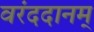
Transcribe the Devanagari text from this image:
वरंददानम्